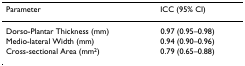
<table><thead><tr><td><b>Parameter</b></td><td><b>ICC (95% CI)</b></td></tr></thead><tbody><tr><td>Dorso-Plantar Thickness (mm)</td><td>0.97 (0.95–0.98)</td></tr><tr><td>Medio-lateral Width (mm)</td><td>0.94 (0.90–0.96)</td></tr><tr><td>Cross-sectional Area (mm<sup>2</sup>)</td><td>0.79 (0.65–0.88)</td></tr></tbody></table>